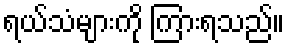
ရယ်သံများကို ကြားရသည်။